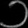
Digit: ၁